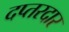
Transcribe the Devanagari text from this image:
दप्तरदार